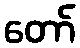
တော်